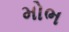
મોભ